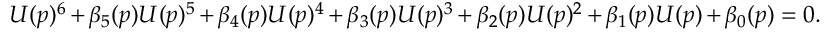
U ( p ) ^ { 6 } + \beta _ { 5 } ( p ) U ( p ) ^ { 5 } + \beta _ { 4 } ( p ) U ( p ) ^ { 4 } + \beta _ { 3 } ( p ) U ( p ) ^ { 3 } + \beta _ { 2 } ( p ) U ( p ) ^ { 2 } + \beta _ { 1 } ( p ) U ( p ) + \beta _ { 0 } ( p ) = 0 .